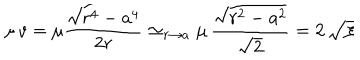
\mu \, v = \mu \frac { \sqrt { r ^ { 4 } - a ^ { 4 } } } { 2 r } \simeq _ { r \to a } \mu \, \frac { \sqrt { r ^ { 2 } - a ^ { 2 } } } { \sqrt { 2 } } = 2 \, \sqrt { \xi }